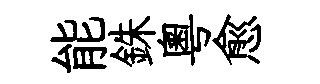
能銖粤愈